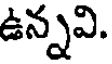
ఉన్నవి.